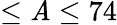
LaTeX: \leq\mathit{A}\leq74